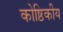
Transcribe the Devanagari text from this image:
कोष्ठिकीय